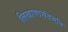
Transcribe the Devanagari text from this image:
लिखाणासंदर्भात